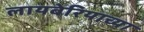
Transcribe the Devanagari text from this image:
लायबेरियाच्या